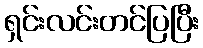
ရှင်းလင်းတင်ပြပြီး